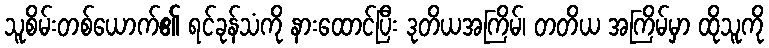
သူစိမ်းတစ်ယောက်၏ ရင်ခုန်သံကို နားထောင်ပြီး ဒုတိယအကြိမ်၊ တတိယ အကြိမ်မှာ ထိုသူကို